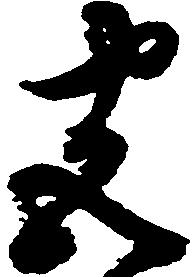
尽